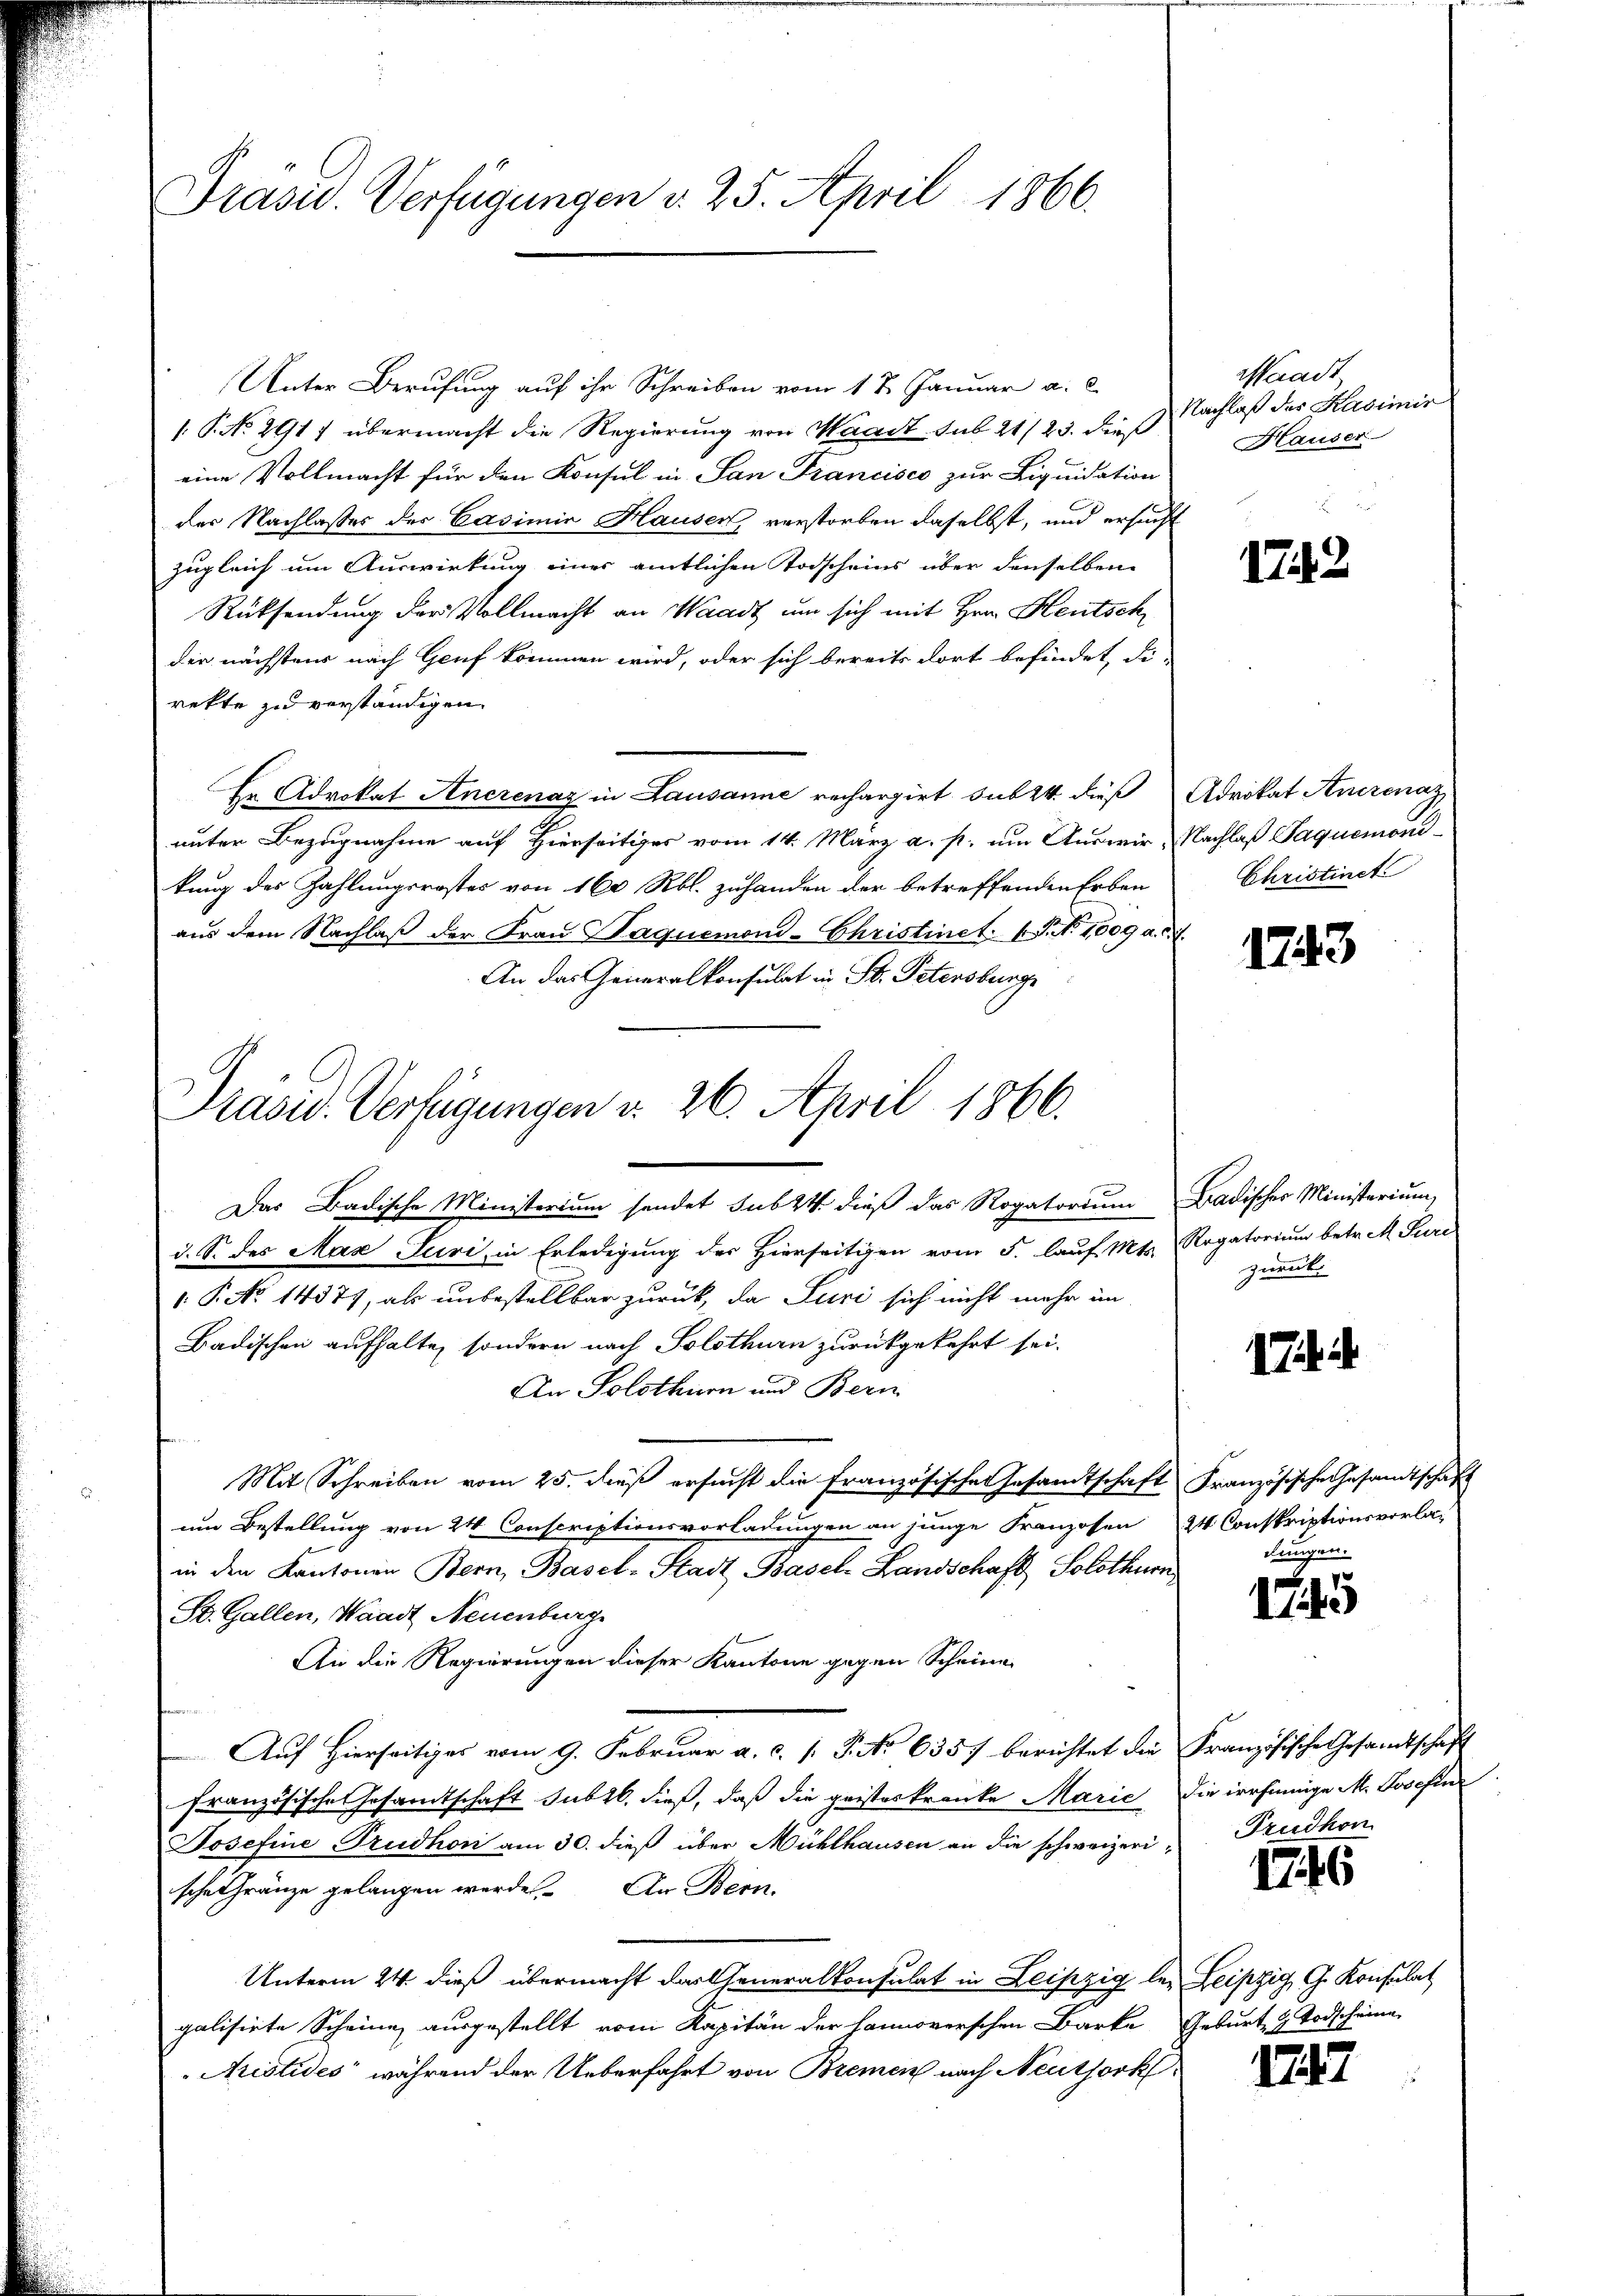
Präsid. Verfügungen v. 25. April 1866.

Unter Berufung auf ihr Schreiben vom 1 t Januar a. c.
 P. No. 291) übermacht die Regierung von Waadt sub 21/23. dieß
eine Vollmacht für den Konsul in San Francisco zur Liquidation
der Nachlasses des Casimia Hausen, verstorben daselbst, und ersucht
zugleich um Auswirkung einer amtlichen Todscheins über denselben
Rücksendung der Vollmacht an Waadt um sich mit Hrn. Heutsch
der nächstens nach Genf kommen wird, oder sich bereits dort befindet, die
rekte zu verständigen.
Er Advokat Anerenaz in Lausanne rechargirt sub 24. dieß
unter Bezugnahme auf Hierseitiges vom 14. März a. p. um Auswir. Nachlaß Paquemoni-
kung des Zahlungsröster von 160 Rbl. zuhanden der betreffenden Erben
aus dem Nachlaß der Frau Paquemond-Christinet. P. Nr. 1009 a.d.
An das Generalkonsulat in St. Petersburg
Das Badische Ministerium sendet sub 24 dieß das Rogatorium
d. S. des Max Juri, in Erledigung des Hierseitigen vom 5. lauf. Mts. Rogatorium betr. M. Puri
1.P. No 1437, als unbestellbar zurück, da Juri sich nicht mehr im
Badischen aufhalte, sondern nach Solothurn zurückgekehrt sei.
An Solothurn und Bern
Mit Schreiben vom 25. dieß ersucht die französische Gesandtschaft
um Bestellung von 24 Conscriptionsvorladungen an junge Franzosen
in den Kantonen Bern, Basel-Stadt Basel Landschaft Solothurn,
St. Gallen, Waadt Neuenburg
An die Regierungen dieser Kantone gegen Scheine
Auf Hierseitiges vom 9. Februar a. c. 1 P. No 6357 berichtet die
französische Gesamtschaft subtl. dieß, daß die geisteskranke Marie
Josefine Trudhon am 30. dieß über Mühlhausen an die schweizerische fränze gelangen werde. An Bern,
Unterm 24. dieß übermacht das Generalkonsulat in Leipzig les Leipzig, G. Konsulat
galisirte Scheine ausgestellt vom Kapitän der hannoverschen Barke
Aristides während der Ueberfahrt von Bremen nach Neuthork

Prasid. Verfügungen d. 26. April 1866.

Waadt
Nachlaß des Kasimir
Hauser

1742

Advokat Anerenaz
Christinct

1743

Badischer Ministerium
zurück

ihi

Französische Gesandtschaft
24 Conskriptionsvorladungen.

1745

Französische Gesandtschaft
die irrsinnige M. Josefin
Trudhon

1746

Geburt H. Todscheine

1747